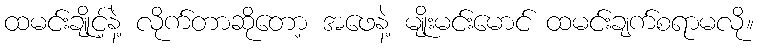
ထမင်းချိုင့်နဲ့ လိုက်တာဆိုတော့ အဖေနဲ့ မျိုးမင်းမောင် ထမင်းချက်စရာမလို။